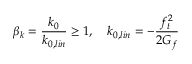
\beta _ { k } = \frac { k _ { 0 } } { k _ { 0 , l i n } } \geq 1 , \quad k _ { 0 , l i n } = - \frac { f _ { t } ^ { 2 } } { 2 G _ { f } }